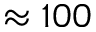
\approx 1 0 0